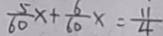
\frac { 5 } { 6 0 } x + \frac { 6 } { 6 0 } x = \frac { 1 1 } { 4 }